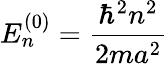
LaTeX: E_{n}^{(0)}={\frac{\hbar^{2}n^{2}}{2ma^{2}}}